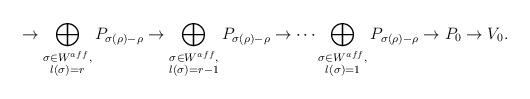
LaTeX: \begin{align*} \rightarrow \bigoplus_{\substack{\sigma \in W^{aff},\\ l(\sigma)=r}}P_{\sigma(\rho)-\rho} \rightarrow \bigoplus_{\substack{\sigma \in W^{aff},\\ l(\sigma)=r-1}}P_{\sigma(\rho)-\rho} \rightarrow \dots\bigoplus_{\substack{\sigma \in W^{aff},\\ l(\sigma)=1}}P_{\sigma(\rho)-\rho} \rightarrow P_0 \rightarrow V_0.\end{align*}